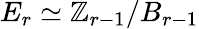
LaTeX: E_{r}\simeq\mathbb{Z}_{r-1}/B_{r-1}